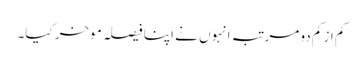
کم از کم دو مرتبہ انہوں نے اپنا فیصلہ موخر کیا۔